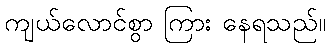
ကျယ်လောင်စွာ ကြား နေရသည်။